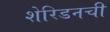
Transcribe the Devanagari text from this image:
शेरिडनची